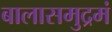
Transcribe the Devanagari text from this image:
बालासमुद्रमं